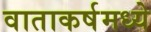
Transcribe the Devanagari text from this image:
वाताकर्षमध्ये